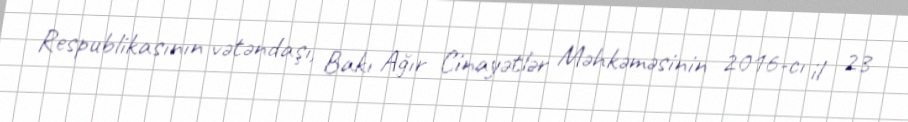
Respublikasının vətəndaşı, Bakı Ağır Cinayətlər Məhkəməsinin 2016-cı il 23